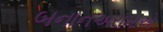
બનાનઅરામાએ